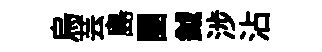
烏芸島團鉞涉沾